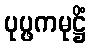
ပုပ္ဖကမုဋ္ဌိံ